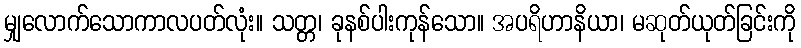
မျှလောက်သောကာလပတ်လုံး။ သတ္တ၊ ခုနစ်ပါးကုန်သော။ အပရိဟာနိယာ၊ မဆုတ်ယုတ်ခြင်းကို